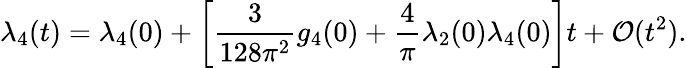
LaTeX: \lambda_{4}(t)=\lambda_{4}(0)+\left[{\frac{3}{128\pi^{2}}}g_{4}(0)+{\frac{4}{\pi}}\lambda_{2}(0)\lambda_{4}(0)\right]t+{\cal O}(t^{2}).